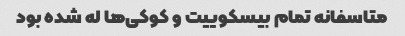
متاسفانه تمام بیسکوییت و کوکی‌ها له شده بود